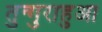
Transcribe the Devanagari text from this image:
तुन्गुराहुआ